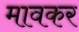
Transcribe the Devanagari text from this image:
मावकर